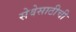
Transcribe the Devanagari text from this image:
सेवेसाठीची